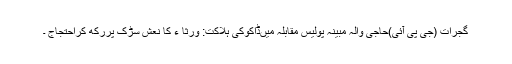
گجرات (جی پی آئی)حاجی والہ مبینہ پولیس مقابلہ میںڈاکوکی ہلاکت: ورثا ء کا نعش سڑک پررکھ کراحتجاج ۔